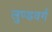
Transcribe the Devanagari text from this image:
लुण्डवर्ग